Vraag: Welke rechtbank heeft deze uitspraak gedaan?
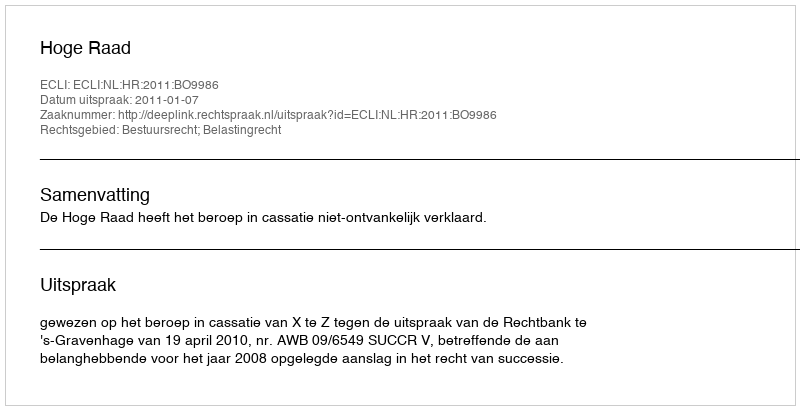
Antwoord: Hoge Raad